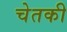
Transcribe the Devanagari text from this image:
चेतकी